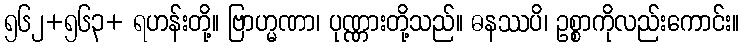
၅၆၂+၅၆၃+ ရဟန်းတို့။ ဗြာဟ္မဏာ၊ ပုဏ္ဏားတို့သည်။ ဓနဿပိ၊ ဥစ္စာကိုလည်းကောင်း။